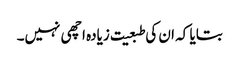
بتایا کہ ان کی طبعیت زیادہ اچھی نہیں۔